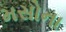
મસોના